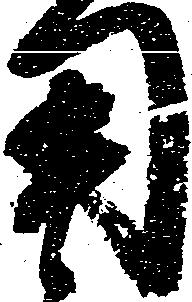
用